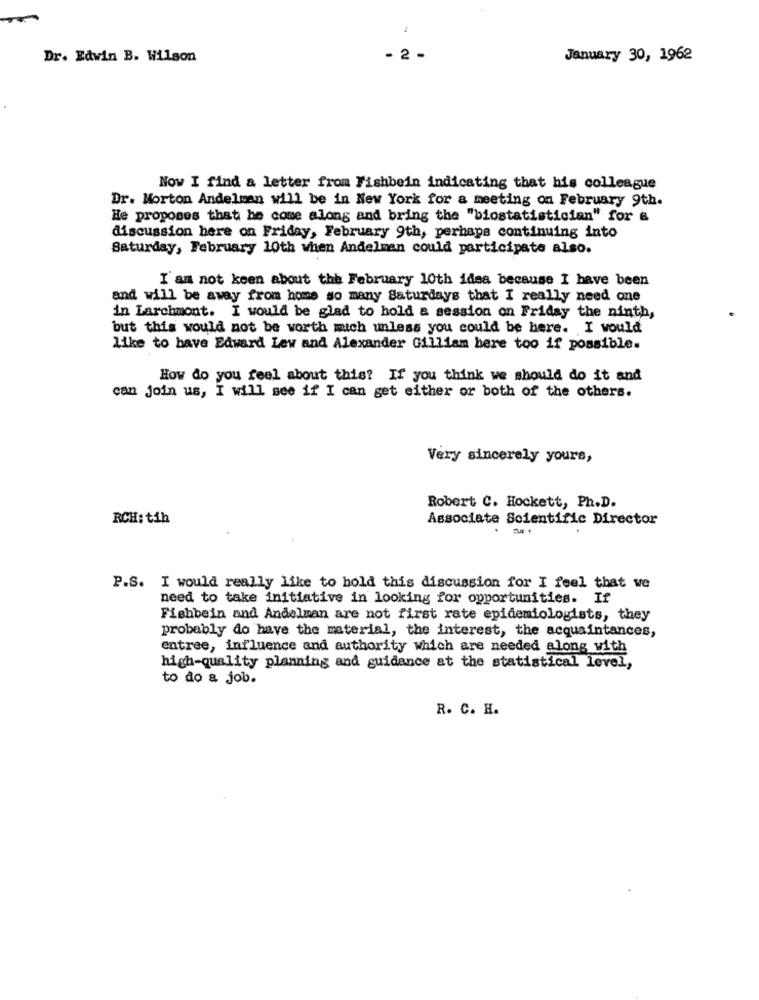
Dr. Edwin B. Wilson
- 2 -
January 30, 1962
Now I find a letter from Fishbein indicating that his colleague
Dr. Morton Andelman will be in New York for a meeting on February 9th.
He proposes that he come along and bring the "biostatistician" for &
discussion here on Friday, February 9th, perhaps continuing into
Saturday, February 10th when Andelman could participate also.
I am not keen about the February 10th idea because I have been
and will be away from home so many Saturdays that I really need one
in Larchmont. I would be glad to hold & session on Friday the ninth,
but this would not be worth mich unless you could be here. I would
like to bave Edward Lew and Alexander Gilliam here too if possible.
How do you feel about this? If you think we should do it and
can join us, I will see if I can get either or both of the others.
Very sincerely yours,
Robert C. Hockett, Ph.D.
RCH: tih
Associate Scientific Director
P.S. I would really like to hold this discussion for I feel that we
need to take initiative in looking for opportunities. If
Fishbein and Andelman are not first rate epidemiologists, they
probably do have the material, the interest, the acquaintances,
entree, influence and authority which are needed along with
high-quality planning and guidance at the statistical level,
to do a job.
R. C. H.